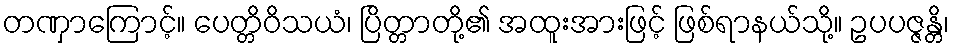
တဏှာကြောင့်။ ပေတ္တိဝိသယံ၊ ပြိတ္တာတို့၏ အထူးအားဖြင့် ဖြစ်ရာနယ်သို့။ ဥပပဇ္ဇန္တိ၊